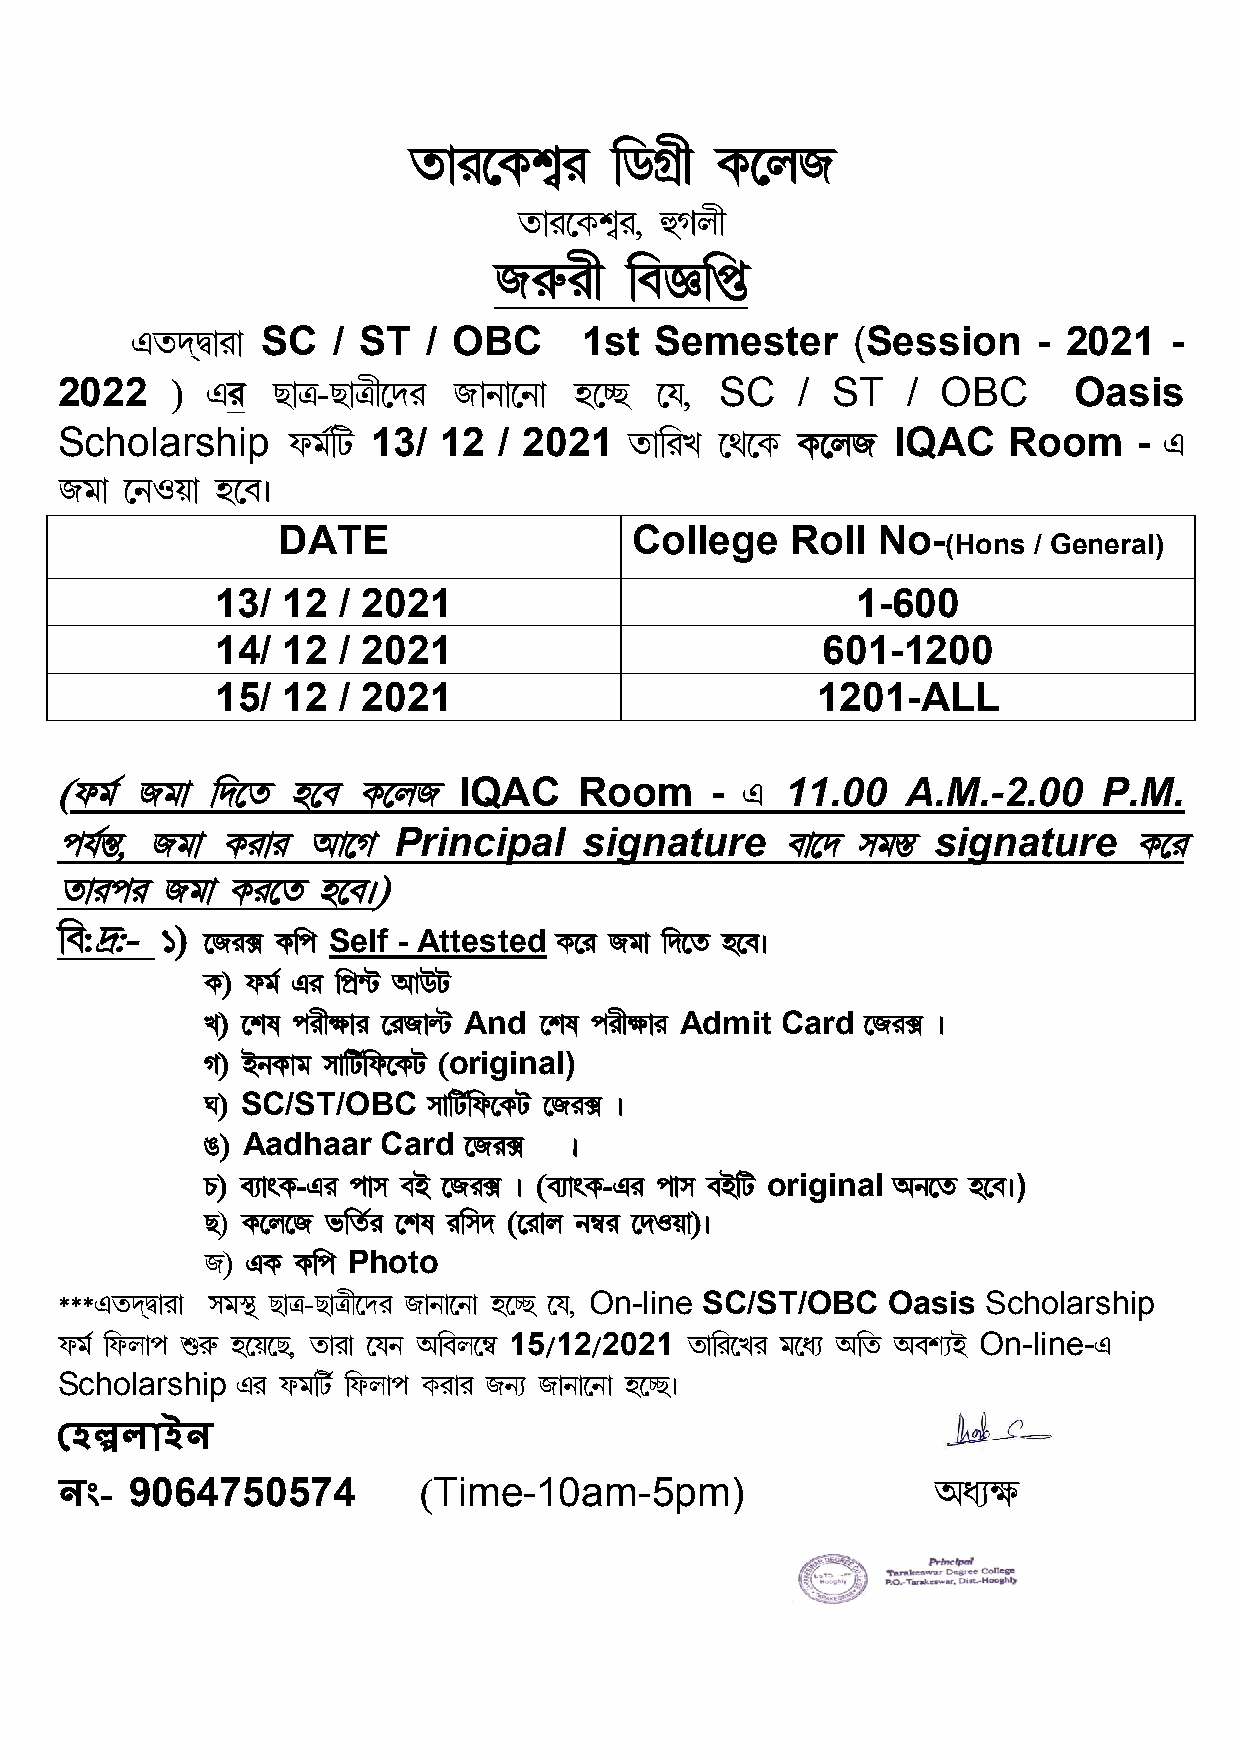
a¡l­LnÄl     ¢XNË£  L­mS
 a¡l­LnlÄ , ýNm£
 Sl¦l£   ¢h‘¢ç
 HacÚà¡l¡ SC  / ST  / OBC      1st Semester     (Session     - 2021  -
 2022   )  Hl  R¡œ-R¡œ£­cl S¡e¡­e¡ q­µR ­k,  SC   / ST   / OBC      Oasis
 Scholarship    gjÑ¢V 13/ 12  / 2021  a¡¢lM  ­b­L L­mS  IQAC    Room    - H
 Sj¡ ­eJu¡ q­hz
 DATE                    College   Roll  No-
 (Hons / General)
 13/  12 / 2021                             1-600
 14/  12 / 2021                          601-1200
 15/  12 / 2021                          1201-ALL
 (gjÑ Sj¡ ¢c­a  q­h L­mS   IQAC    Room     - H  11.00   A.M.-2.00    P.M.
 fkÑ¿¹, Sj¡ Ll¡l B­N   Principal    signature    h¡­c pjÙ¹ signature    L­l
 a¡lfl Sj¡  Ll­a  q­hz)
 ¢h:â:- 1) ­Sl„ L¢f Self - Attested L­l Sj¡ ¢c­a q­hz
 L) gjÑ Hl ¢fË¾V BEV
 M) ­no fl£r¡l ­lS¡ÒV And ­no fl£r¡l Admit Card ­Sl„ z
 N) CeL¡j p¡¢VÑ¢g­LV (original)
 O) SC/ST/OBC   p¡¢VÑ¢g­LV ­Sl„ z
 P) Aadhaar  Card  ­Sl„   z
 Q) hÉ¡wL-Hl f¡p hC ­Sl„ z (hÉ¡wL-Hl f¡p hC¢V original Ae­a q­hz)
 R) L­m­S i¢aÑl ­no l¢pc (­l¡m eðl ­cJu¡)z
 S) HL L¢f Photo
 ***HacÚà¡l¡ pjÙÛ R¡œ-R¡œ£­cl S¡e¡­e¡ q­µR ­k, On-line SC/ST/OBC Oasis Scholarship
 gjÑ ¢gm¡f öl¦ q­u­R, a¡l¡ ­ke A¢hm­ð 15/12/2021 a¡¢l­Ml j­dÉ A¢a AhnÉC On-line-H
 Scholarship Hl gj¢VÑ ¢gm¡f Ll¡l SeÉ S¡e¡­e¡ q­µRz
 হলাইন
 নং-  9064750574         (Time-10am-5pm)                   AdÉr